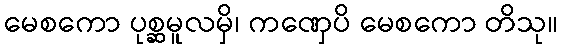
မေစကော ပုစ္ဆမူလမှိ၊ ကဏှေပိ မေစကော တိသု။